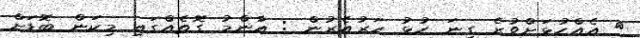
އެއްހުޅަށްވުރެ ގިނަ ހުޅު ހަރުއެރުން : އާންމު ގޮތެއްގައި މިކަން ބޮޑަށް